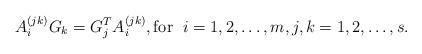
LaTeX: \begin{align*}A_i^{(jk)}G_k=G_j^T A_i^{(jk)}, \mbox{for } \; i=1,2,\dots, m, j,k=1,2,\dots,s.\end{align*}